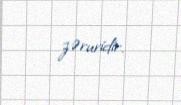
zəruridir.